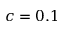
c = 0 . 1